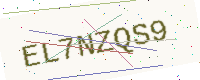
Text: EL7NZQS9